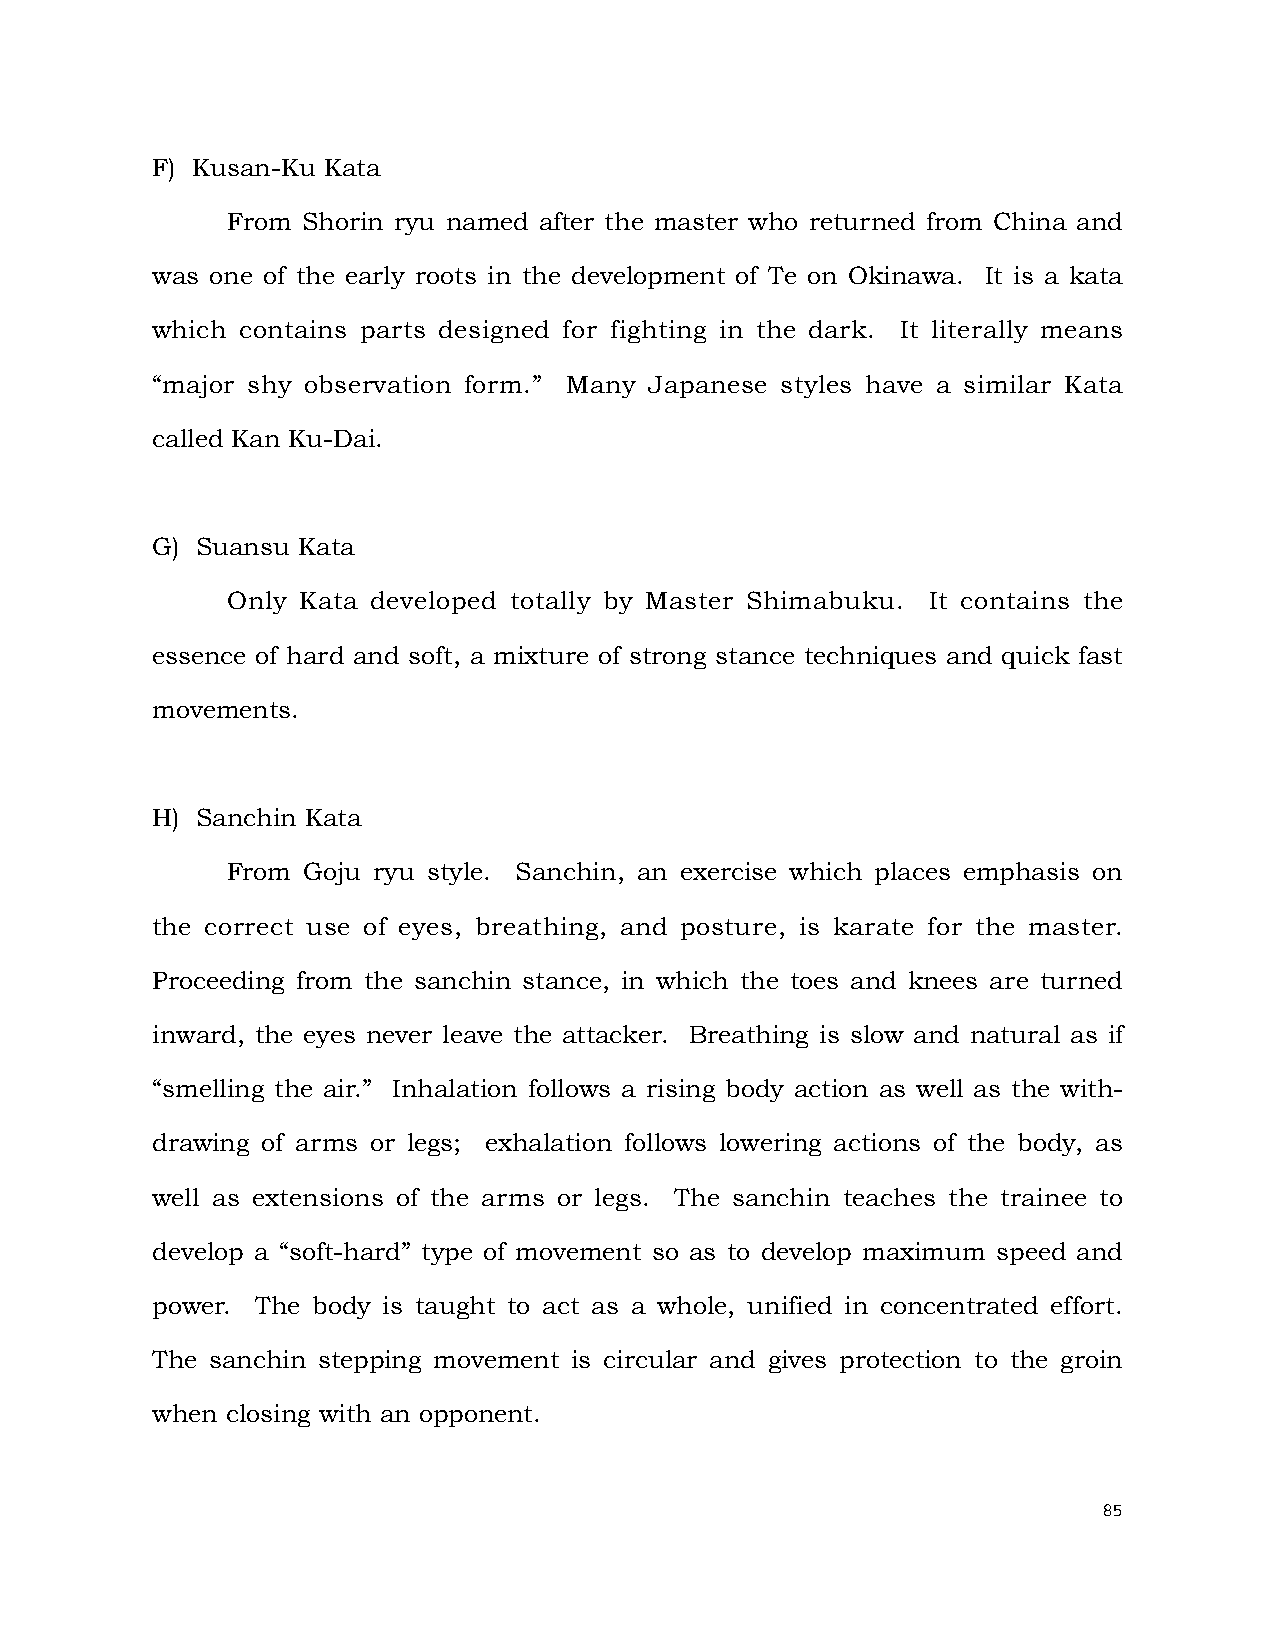
F) Kusan-Ku Kata
 From Shorin ryu named after the master who returned from China and
 was one of the early roots in the development of Te on Okinawa. It is a kata
 which contains parts designed for fighting in the dark. It literally means
 “major shy observation form.” Many Japanese styles have a similar Kata
 called Kan Ku-Dai.
 G) Suansu Kata
 Only Kata developed totally by Master Shimabuku. It contains the
 essence of hard and soft, a mixture of strong stance techniques and quick fast
 movements.
 H) Sanchin Kata
 From Goju ryu style. Sanchin, an exercise which places emphasis on
 the correct use of eyes, breathing, and posture, is karate for the master.
 Proceeding from the sanchin stance, in which the toes and knees are turned
 inward, the eyes never leave the attacker. Breathing is slow and natural as if
 “smelling the air.” Inhalation follows a rising body action as well as the with-
 drawing of arms or legs; exhalation follows lowering actions of the body, as
 well as extensions of the arms or legs. The sanchin teaches the trainee to
 develop a “soft-hard” type of movement so as to develop maximum speed and
 power. The body is taught to act as a whole, unified in concentrated effort.
 The sanchin stepping movement is circular and gives protection to the groin
 when closing with an opponent.
 85